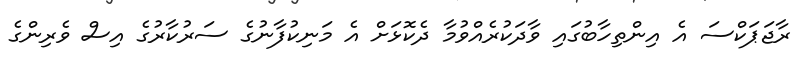
ރާޖަޕަކްސަ އެ އިންތިހާބުގައި ވާދަކުރެއްވުމާ ދެކޮޅަށް އެ މަނިކުފާނުގެ ސަރުކާރުގެ އިސް ވެރިންގެ